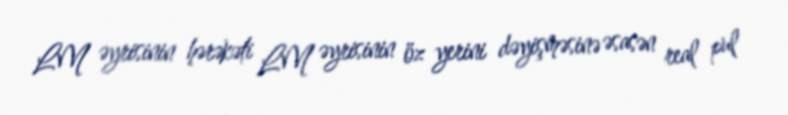
LM əyrisinin hərəkəti LM əyrisinin öz yerini dəyişməsinə əsasən real pul